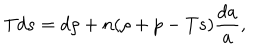
T d s = d \rho + n ( \rho + p - T s ) { \frac { d a } { a } } ,